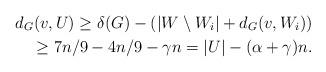
LaTeX: \begin{align*} d_G(v, U) \ge \delta(G) - (|W \setminus W_i| + d_G(v, W_i)) \\ \ge {7n}/9 - 4n/9 - \gamma n = |U| - (\alpha + \gamma)n. \end{align*}